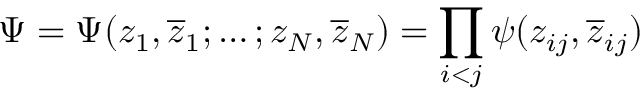
\Psi = \Psi ( z _ { 1 } , \overline { { { z } } } _ { 1 } ; \ldots ; z _ { N } , \overline { { { z } } } _ { N } ) = \prod _ { \scriptstyle i < j } \psi ( z _ { i j } , \overline { { { z } } } _ { i j } )